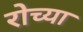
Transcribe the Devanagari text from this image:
रोच्या